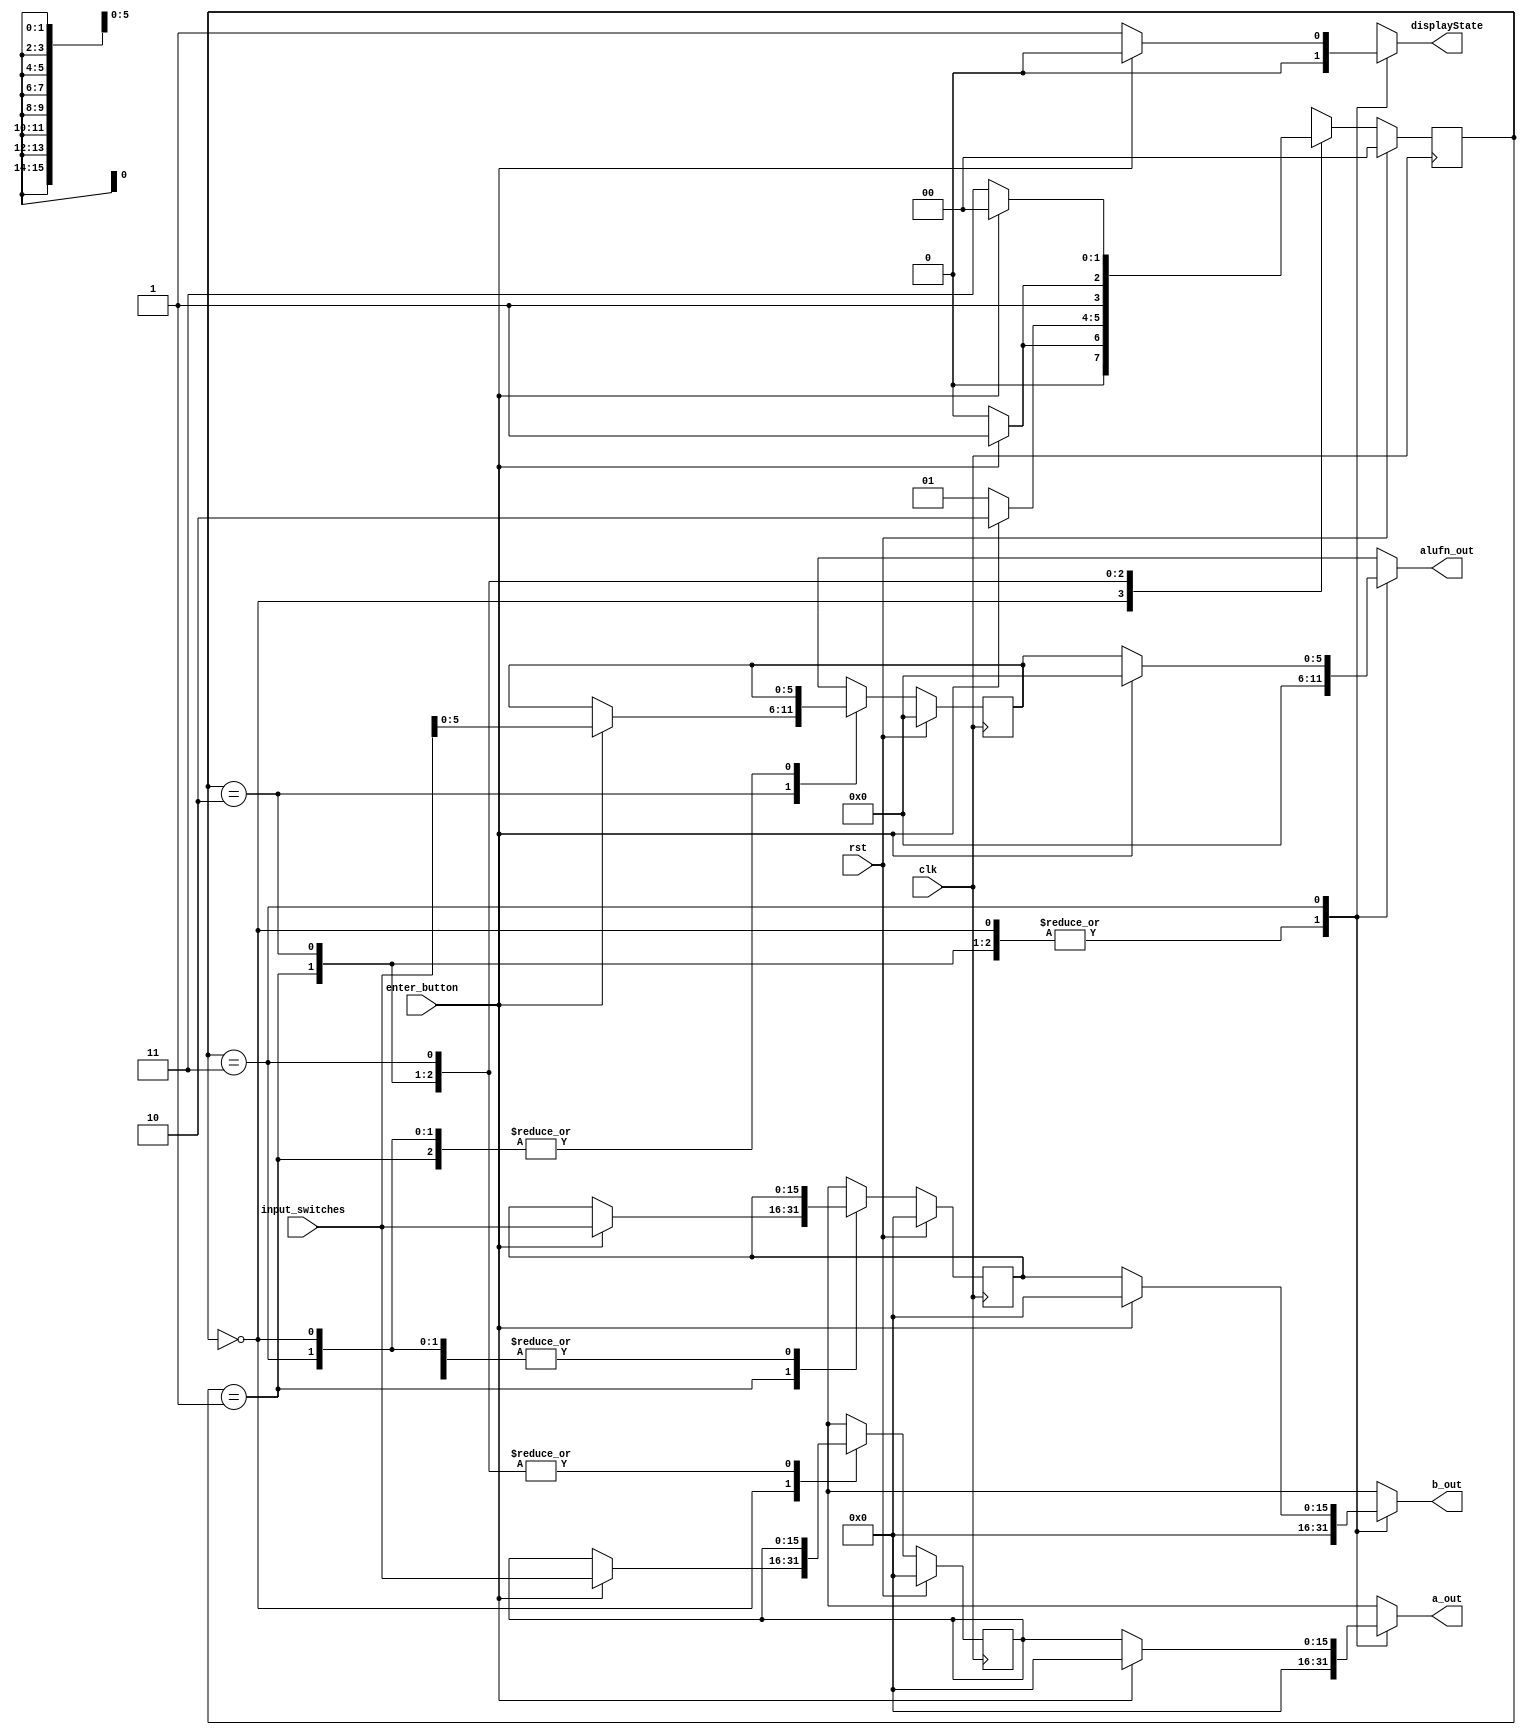
module inputSM_5 (
    input [15:0] input_switches,
    input [0:0] enter_button,
    input clk,
    input rst,
    output reg [15:0] a_out,
    output reg [15:0] b_out,
    output reg [5:0] alufn_out,
    output reg displayState
  );
  
  
  
  reg [15:0] M_a_d, M_a_q = 1'h0;
  
  reg [15:0] M_b_d, M_b_q = 1'h0;
  
  reg [5:0] M_alufn_d, M_alufn_q = 1'h0;
  
  
  localparam WAITFIRSTPRESS_statemachine = 2'd0;
  localparam WAITSECONDPRESS_statemachine = 2'd1;
  localparam WAITTHIRDPRESS_statemachine = 2'd2;
  localparam WAITFOURTHPRESS_statemachine = 2'd3;
  
  reg [1:0] M_statemachine_d, M_statemachine_q = WAITFIRSTPRESS_statemachine;
  
  always @* begin
    M_statemachine_d = M_statemachine_q;
    M_a_d = M_a_q;
    M_b_d = M_b_q;
    M_alufn_d = M_alufn_q;
    
    a_out = 16'h0000;
    b_out = 16'h0000;
    alufn_out = 6'h00;
    
    case (M_statemachine_q)
      WAITFIRSTPRESS_statemachine: begin
        if (enter_button) begin
          M_a_d = input_switches;
          M_statemachine_d = WAITSECONDPRESS_statemachine;
          displayState = 1'h0;
        end else begin
          M_statemachine_d = WAITFIRSTPRESS_statemachine;
          displayState = 1'h0;
        end
      end
      WAITSECONDPRESS_statemachine: begin
        if (enter_button) begin
          M_b_d = input_switches;
          M_statemachine_d = WAITTHIRDPRESS_statemachine;
          displayState = 1'h0;
        end else begin
          M_statemachine_d = WAITSECONDPRESS_statemachine;
          displayState = 1'h0;
        end
      end
      WAITTHIRDPRESS_statemachine: begin
        if (enter_button) begin
          M_alufn_d = input_switches[0+5-:6];
          M_statemachine_d = WAITFOURTHPRESS_statemachine;
          displayState = 1'h0;
        end else begin
          M_statemachine_d = WAITTHIRDPRESS_statemachine;
          displayState = 1'h0;
        end
      end
      WAITFOURTHPRESS_statemachine: begin
        if (enter_button) begin
          M_statemachine_d = WAITFIRSTPRESS_statemachine;
          displayState = 1'h0;
        end else begin
          a_out = M_a_q;
          b_out = M_b_q;
          alufn_out = M_alufn_q;
          M_statemachine_d = WAITFOURTHPRESS_statemachine;
          displayState = 1'h1;
        end
      end
    endcase
  end
  
  always @(posedge clk) begin
    if (rst == 1'b1) begin
      M_statemachine_q <= 1'h0;
    end else begin
      M_statemachine_q <= M_statemachine_d;
    end
  end
  
  
  always @(posedge clk) begin
    if (rst == 1'b1) begin
      M_a_q <= 1'h0;
    end else begin
      M_a_q <= M_a_d;
    end
  end
  
  
  always @(posedge clk) begin
    if (rst == 1'b1) begin
      M_b_q <= 1'h0;
    end else begin
      M_b_q <= M_b_d;
    end
  end
  
  
  always @(posedge clk) begin
    if (rst == 1'b1) begin
      M_alufn_q <= 1'h0;
    end else begin
      M_alufn_q <= M_alufn_d;
    end
  end
  
endmodule